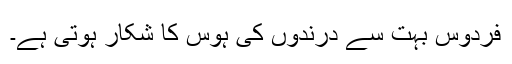
فردوس بہت سے درندوں کی ہوس کا شکار ہوتی ہے۔